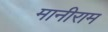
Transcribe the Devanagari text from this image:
मानीराम